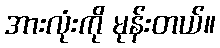
အားလုံးကို မုန်းတယ်။